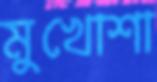
মুখোশা